Annual report of the Bengal Veterinary College and of the Civil Veterinary Department, Bengal, for the year 1916-17 - 1916-1917
Year: 1916
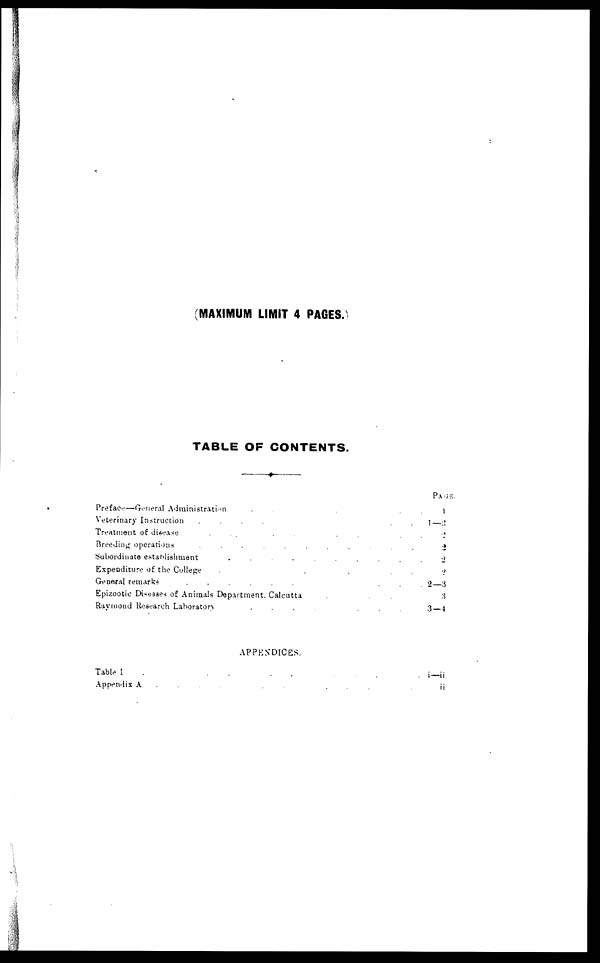
(MAXIMUM LIMIT 4 PAGES.)
TABLE OF CONTENTS.
Preface—General Administration . . . . .
Veterinary Instruction
.
.
.
.
Treatment of disease . . . . . . . . .
Breeding operations
.
.
.
.
.
.
.
.
.
Subordinate establishment . . . . . . . . .
Expenditure of the College . . . . . . . . .
General remarks
.
.
.
.
.
.
.
.
.
Epizootic Diseases of Animals Department. Calcutta . . . . .
Raymond Research Laboratory
.
.
.
.
.
.
.
.
.
APPENDICES.
Table I
.
.
.
.
.
.
.
.
.
Appendix A
.
.
.
.
.
.
.
.
.
PAGE.
1
1—2
2
2
2
2
2—3
3
3-4
i—ii
ii